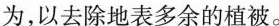
为，以去除地表多余的植被。